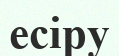
есіру